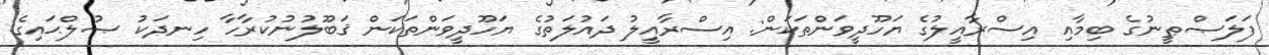
ފަލަޞްޠީނުގެ ބިމާއި އިސްރާއީލުގެ ޔަހޫދީވަންތަކަން: އިސްރާއީލު ދައުލަތުގެ ޔަހޫދީވަންތަކަން ޤަބޫލުނުކުރާހާ ހިނދަކު ޞުލްޙައިގެ